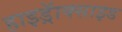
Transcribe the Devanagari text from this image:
हाइड्रॅाक्साइड